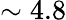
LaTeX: \sim 4.8